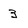
Character: 3